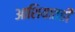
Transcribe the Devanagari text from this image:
आशियातही